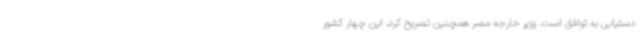
دستیابی به توافق است‌. وزیر خارجه مصر همچنین تصریح کرد، این چهار کشور